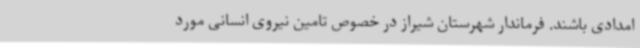
امدادی باشند. فرماندار شهرستان شیراز در خصوص تامین نیروی انسانی مورد